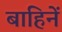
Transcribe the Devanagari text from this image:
बाहिनें